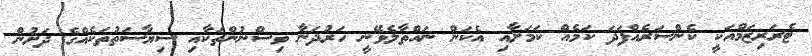
ޓެރަރިޒަމްއަކީ ކެންސަރެއްފަދަ ކަމެއް ކަމަށާއި އެކަން ނައްތާލެވޭނީ ހަރުދަނާ ވިސްނުންތަކާއި ސިޔާސަތުތަކެއްގެ ދަށުން